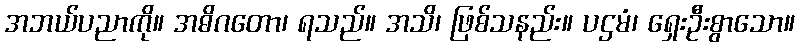
အဘယ်ပညာကို။ အဓိဂတော၊ ရသည်။ အသိ၊ ဖြစ်သနည်း။ ပဌမံ၊ ရှေးဦးစွာသော။